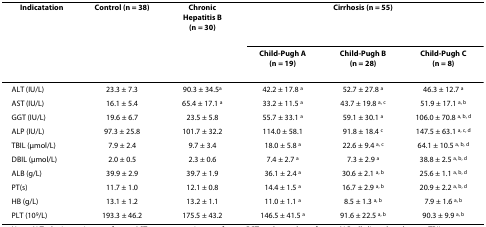
<table><thead><tr><td><b>Indicatation</b></td><td><b>Control (n = 38)</b></td><td><b>Chronic Hepatitis B (n = 30)</b></td><td colspan="3"><b>Cirrhosis (n = 55)</b></td></tr><tr><td></td><td></td><td></td><td><b>Child-Pugh A (n = 19)</b></td><td><b>Child-Pugh B (n = 28)</b></td><td><b>Child-Pugh C (n = 8)</b></td></tr></thead><tbody><tr><td>ALT (IU/L)</td><td>23.3 ± 7.3</td><td>90.3 ± 34.5<sup>a</sup></td><td>42.2 ± 17.8 <sup>a</sup></td><td>52.7 ± 27.8 <sup>a</sup></td><td>46.3 ± 12.7 <sup>a</sup></td></tr><tr><td>AST (IU/L)</td><td>16.1 ± 5.4</td><td>65.4 ± 17.1 <sup>a</sup></td><td>33.2 ± 11.5 <sup>a</sup></td><td>43.7 ± 19.8 <sup>a, c</sup></td><td>51.9 ± 17.1 <sup>a, b</sup></td></tr><tr><td>GGT (IU/L)</td><td>19.6 ± 6.7</td><td>23.5 ± 5.8</td><td>55.7 ± 33.1 <sup>a</sup></td><td>59.1 ± 30.1 <sup>a</sup></td><td>106.0 ± 70.8 <sup>a, b, d</sup></td></tr><tr><td>ALP (IU/L)</td><td>97.3 ± 25.8</td><td>101.7 ± 32.2</td><td>114.0 ± 58.1</td><td>91.8 ± 18.4 <sup>c</sup></td><td>147.5 ± 63.1 <sup>a, c, d</sup></td></tr><tr><td>TBIL (μmol/L)</td><td>7.9 ± 2.4</td><td>9.7 ± 3.4</td><td>18.0 ± 5.8 <sup>a</sup></td><td>22.6 ± 9.4 <sup>a, c</sup></td><td>64.1 ± 10.5 <sup>a, b, d</sup></td></tr><tr><td>DBIL (μmol/L)</td><td>2.0 ± 0.5</td><td>2.3 ± 0.6</td><td>7.4 ± 2.7 <sup>a</sup></td><td>7.3 ± 2.9 <sup>a</sup></td><td>38.8 ± 2.5 <sup>a, b, d</sup></td></tr><tr><td>ALB (g/L)</td><td>39.9 ± 2.9</td><td>39.7 ± 1.9</td><td>36.1 ± 2.4 <sup>a</sup></td><td>30.6 ± 2.1 <sup>a, b</sup></td><td>25.6 ± 1.1 <sup>a, b, d</sup></td></tr><tr><td>PT(s)</td><td>11.7 ± 1.0</td><td>12.1 ± 0.8</td><td>14.4 ± 1.5 <sup>a</sup></td><td>16.7 ± 2.9 <sup>a, b</sup></td><td>20.9 ± 2.2 <sup>a, b, d</sup></td></tr><tr><td>HB (g/L)</td><td>13.1 ± 1.2</td><td>13.2 ± 1.1</td><td>11.0 ± 1.1 <sup>a</sup></td><td>8.5 ± 1.3 <sup>a, b</sup></td><td>7.9 ± 1.6 <sup>a, b</sup></td></tr><tr><td>PLT (10<sup>9</sup>/L)</td><td>193.3 ± 46.2</td><td>175.5 ± 43.2</td><td>146.5 ± 41.5 <sup>a</sup></td><td>91.6 ± 22.5 <sup>a, b</sup></td><td>90.3 ± 9.9 <sup>a, b</sup></td></tr></tbody></table>